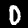
Digit: 0